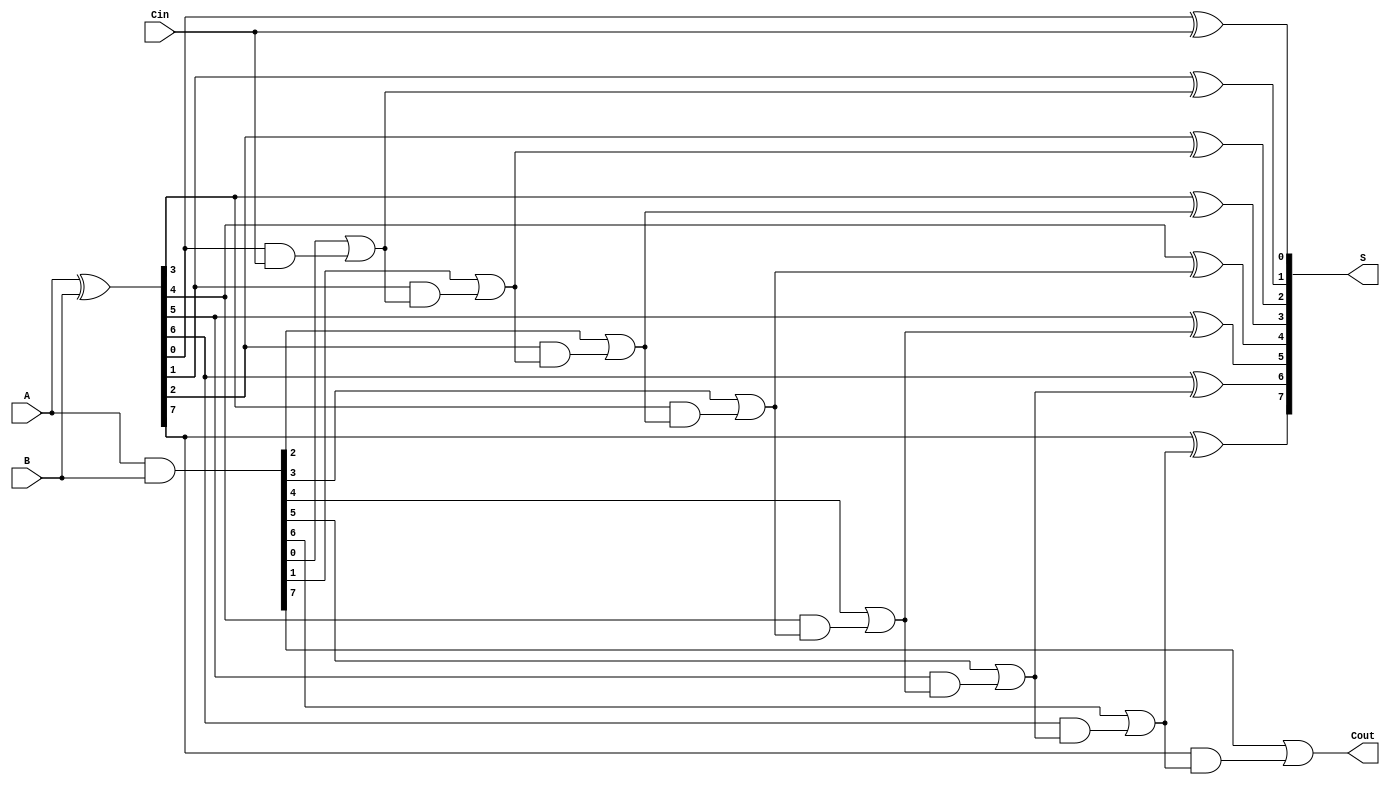
module SklanskyAdder #(parameter N = 8) (
    input  [N-1:0] A,      // First input number
    input  [N-1:0] B,      // Second input number
    input          Cin,     // Carry-in
    output [N-1:0] S,      // Sum output
    output         Cout     // Carry-out
);

    // Generate and Propagate signals
    wire [N-1:0] G; // Generate signals
    wire [N-1:0] P; // Propagate signals
    wire [N:0] C;   // Carry signals

    // Generate and Propagate calculations
    assign G = A & B;
    assign P = A ^ B;

    // Carry signals initialization
    assign C[0] = Cin;

    // Carry generation using Sklansky method
    genvar i;
    generate
        // First stage
        for (i = 1; i < N; i = i + 1) begin : carry_gen_stage1
            assign C[i] = G[i-1] | (P[i-1] & C[i-1]);
        end
    endgenerate

    // Sum calculation
    generate
        for (i = 0; i < N; i = i + 1) begin : sum_calc
            assign S[i] = P[i] ^ C[i];
        end
    endgenerate

    // Carry-out signal
    assign Cout = G[N-1] | (P[N-1] & C[N-1]);

endmodule